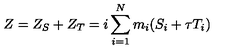
Z = Z _ { S } + Z _ { T } = i \sum _ { i = 1 } ^ { N } m _ { i } ( S _ { i } + \tau T _ { i } )